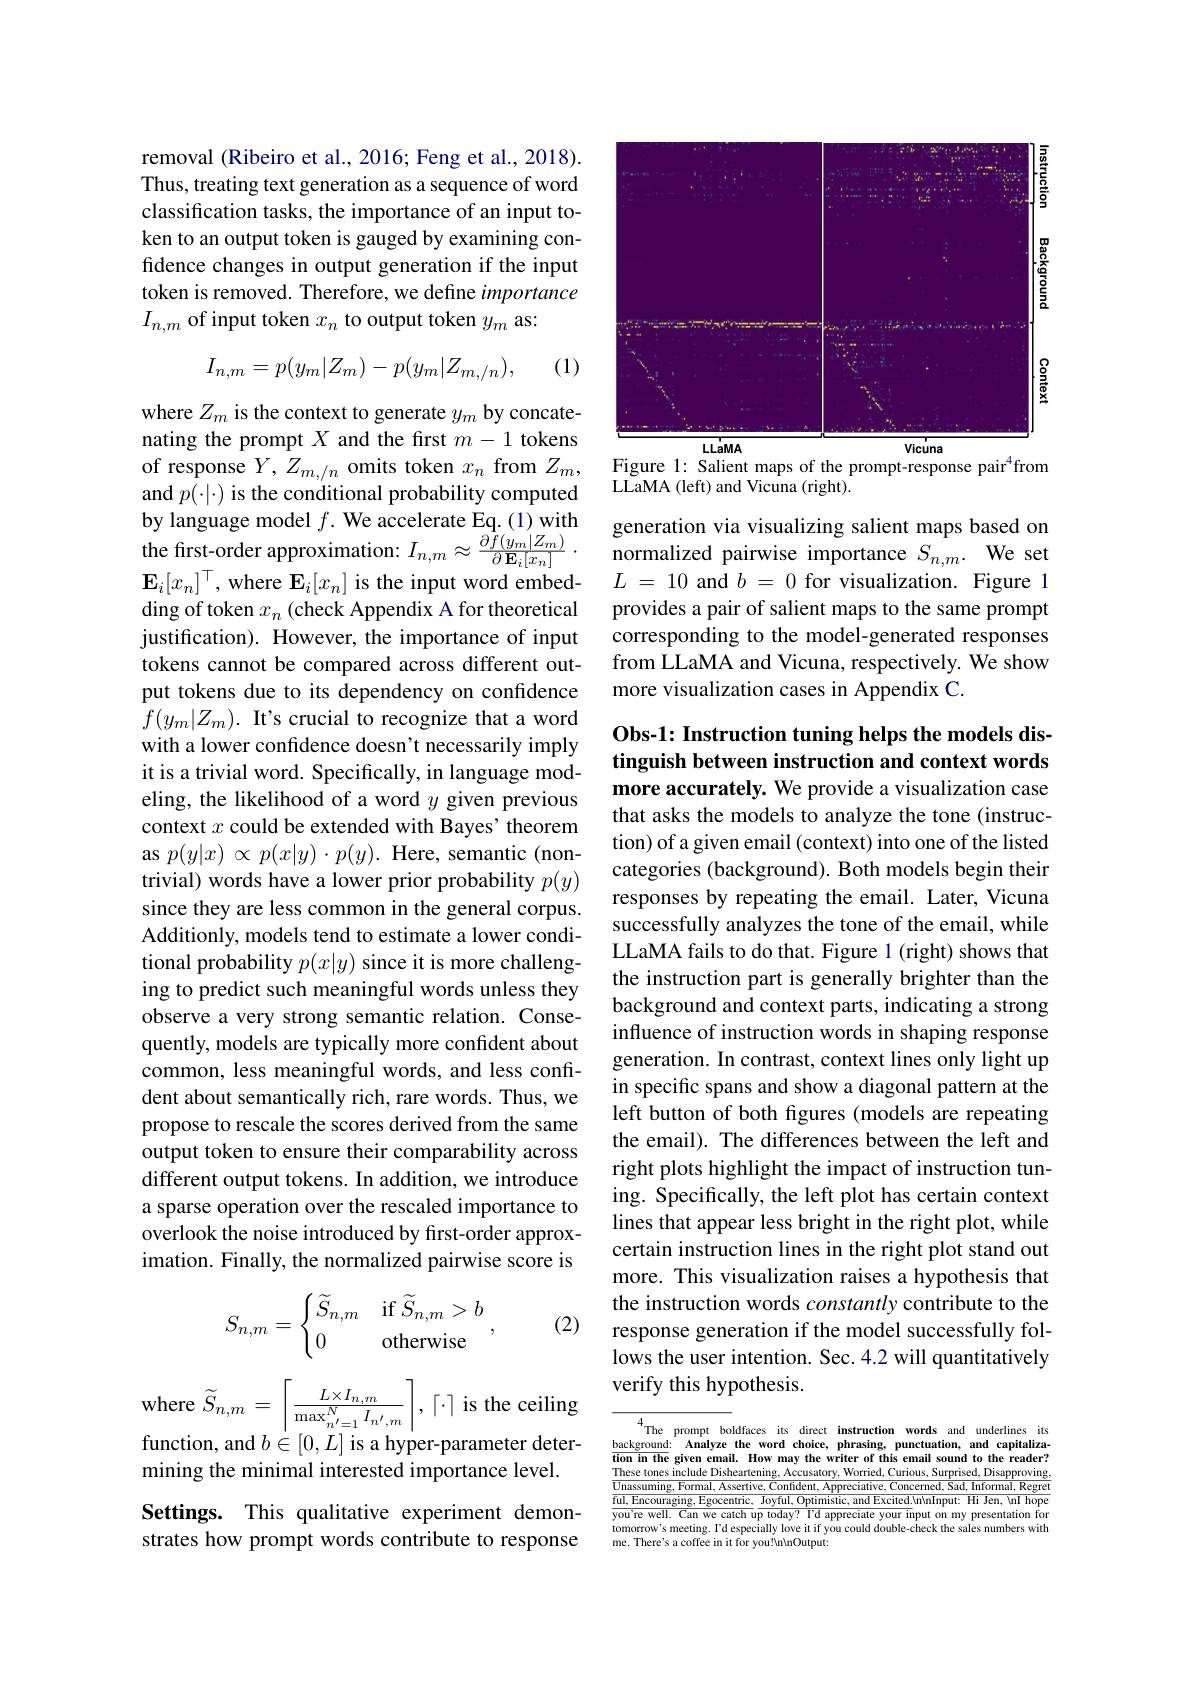
removal (Ribeiro et al., 2016; Feng et al., 2018). Thus, treating text generation as a sequence of word classification tasks, the importance of an input token to an output token is gauged by examining confidence changes in output generation if the input token is removed. Therefore, we define importance $I_{n,m}$ of input token $x_n$ to output token $y_m$ as:
$$I_{n,m}=p(y_{m}|Z_{m})-p(y_{m}|Z_{m,/n}),$$
(1)

where $Z_m$ is the context to generate $y_m$ by concatenating the prompt $X$ and the first $m-1$ tokens of response $Y,Z_{m,/n}$ omits token $x_n$ from $Z_m$, and $p(\cdot|\cdot)$ is the conditional probability computed by language model $f.$ We accelerate Eq. ( 1) with the first- order approximation: $I_{n, m}\approx \frac {\partial f( y_{m}| Z_{m}) }{\partial \mathbf{E} _{i}[ x_{n}] }$ . $\mathbf{E}_i[x_n]^\top$, where $\mathbf{E}_i[x_n]$ is the input word embedding of token $x_n$ (check Appendix A for theoretical justification). However, the importance of input tokens cannot be compared across different output tokens due to its dependency on confidence $f(y_m|Z_m).$ It's crucial to recognize that a word with a lower confidence doesn't necessarily imply it is a trivial word. Specifically, in language modeling, the likelihood of a word $y$ given previous context $x$ could be extended with Bayes' theorem as $p(y|x)\propto p(x|y)\cdot p(y).$ Here, semantic (nontrivial) words have a lower prior probability $p(y)$ since they are less common in the general corpus. Additionly, models tend to estimate a lower conditional probability $p(x|y)$ since it is more challenging to predict such meaningful words unless they observe a very strong semantic relation. Consequently, models are typically more confident about common, less meaningful words, and less confident about semantically rich, rare words. Thus, we propose to rescale the scores derived from the same output token to ensure their comparability across different output tokens. In addition, we introduce a sparse operation over the rescaled importance to overlook the noise introduced by first-order approximation. Finally, the normalized pairwise score is
$$S_{n,m}=\begin{cases}\widetilde{S}_{n,m}&\text{if}\widetilde{S}_{n,m}>b\\0&\text{otherwise}\end{cases},$$
(2)

$w$here $\widetilde{S} _{n, m}= \left \lceil \frac {L\times I_{n, m}}{\max _{n^{\prime }= 1}^{N}I_{n^{\prime }, m}}\right \rceil $, $\left \lceil \cdot \right \rceil$is the ceiling
function, and $b\in[0,L]$ is a hyper-parameter deter- backgromad: Analyze the worde, phrasing, punctatation, and capiallza mining the minimal interested importance level Theprompt boldices tis dinect Inect Imect Imetructon worde. and capiallza minin

mining the minimal interested importance level.

Settings. This qualitative experiment demonstrates how prompt words contribute to response

<FigureHere>
Figure 1: Salient maps of the prompt-response pair$^4$from

${\mathrm{LLaMA~(left)~and~Vicuna~(right)}}.$

generation via visualizing salient maps based on normalized pairwise importance $S_{n,m}.$ We set $L$ = 10 and $b$ = 0 for visualization. Figure 1 provides a pair of salient maps to the same prompt corresponding to the model-generated responses from LLaMA and Vicuna, respectively. We show more visualization cases in Appendix C.

## Obs-1: Instruction tuning helps the models distinguish between instruction and context words

more accurately. We provide a visualization case that asks the models to analyze the tone (instruction) of a given email (context) into one of the listed categories (background). Both models begin their responses by repeating the email. Later, Vicuna successfully analyzes the tone of the email, while LLaMA fails to do that. Figure 1 (right) shows that the instruction part is generally brighter than the background and context parts, indicating a strong influence of instruction words in shaping response generation. In contrast, context lines only light up in specific spans and show a diagonal pattern at the left button of both figures (models are repeating the email). The differences between the left and right plots highlight the impact of instruction tuning. Specifically, the left plot has certain context lines that appear less bright in the right plot, while certain instruction lines in the right plot stand out more. This visualization raises a hypothesis that the instruction words constantly contribute to the response generation if the model successfully follows the user intention. Sec. 4.2 will quantitatively verify this hypothesis.

$^{4}$The prompt boldfaces its direct instruction words and underlines$^{4}$The prompt boldfaces its direct instruction words and underlines
These tones include Disheartening, Accusatory, Worried, Curious, Surprised, Disapproving $\overline{\text{Unassuming, Formal, Assertive, Confident, Appreciative, Concerned, Sad, Informal, Regret}}$ $\overline{\text{ful, Encouraging, Egocentric, Joyful, Optimistic, and Excited.}}$hinput: Hi Jen, \nI hope $\overline{\text{you're well. Can we catch up}\frac{1}{\text{today? I'd appreciate your in}}}$put on my presentation tomorrow's meeting. I d especially love it if you could double-check the sales numbers witl me. There's a coffee
for you!VnlnOutput